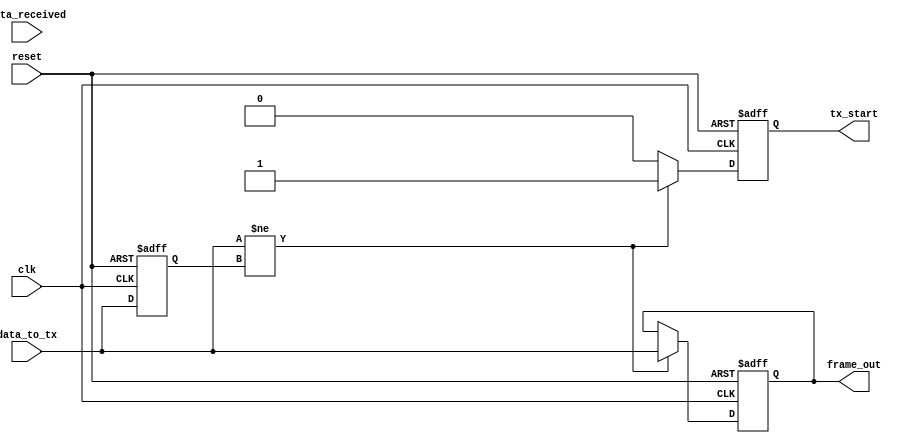
/************************************************************************************
*     The UART design files are owned and controlled by Eleptic Technologies    	*
*	  and must be used only for laboratory experiments for the course "Computer  	*
*     Architecture" offered in Habib University. It is not allowed to edit these 	*
*	  files without prior permission from Eleptic Technologies. Furthermore, the 	*
*	  design files can only be used with the Eleptic Technologies devices and/or 	*
*	  software. Use with non-Eleptic devices or softwares is strictly prohibited 	*
*     and immediately terminates your license.                                 		*
*                                                              		                *
*	  Developer:	Hasan Baig														*
*	  Vendor: 		Eleptic Technologies											*
*																					*
*     (c) Copyright 2018-2019 Eleptic Technologies,                                 *
*     All rights reserved.                                          	            *
************************************************************************************/

module tx_rx_controller
(
	input 				clk, 
	input				reset, 
	
	input		[7:0]	data_to_tx,
	
	input		[7:0]	data_received,	// tie to dout port of rx
	output	reg			tx_start,		// tie to tx_start port of tx
	output	reg	[7:0]	frame_out		// tie to din port of tx
	
);

reg [7:0] data_to_tx_last_St;

reg	send_tx_start;






always @ (posedge clk , posedge reset)
begin
	if(reset)
	begin
		data_to_tx_last_St	<=	8'd0;
		frame_out		<=	8'd0;		
		tx_start		<=	1'b0;		
	end
	
	else
	begin
	

		if ( (data_to_tx != data_to_tx_last_St))
		begin
			frame_out		<=	data_to_tx; //{4'b0000,PE_T1,PE_T2,2'b00};
			tx_start		<=	1'b1;
			data_to_tx_last_St	<=	data_to_tx;
			
		end
	
		else
		begin
			tx_start		<=	1'b0;
			frame_out		<=	frame_out;
			data_to_tx_last_St	<=	data_to_tx;
			
		end	
	end
end




/*
always @ (send_tx_start)
begin
	if(send_tx_start == 1)
		tx_start		=	1'b1;
	else
		tx_start		=	1'b0;
end
*/
endmodule